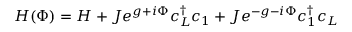
H ( \Phi ) = H + J e ^ { g + i \Phi } c _ { L } ^ { \dagger } c _ { 1 } + J e ^ { - g - i \Phi } c _ { 1 } ^ { \dagger } c _ { L }